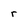
Character: r